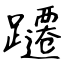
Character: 躚